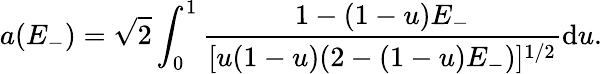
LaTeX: a(E_{-})=\sqrt{2}\int_{0}^{1}\frac{1-(1-u)E_{-}}{[u(1-u)(2-(1-u)E_{-})]^{1/2}}\mathrm{d}u.